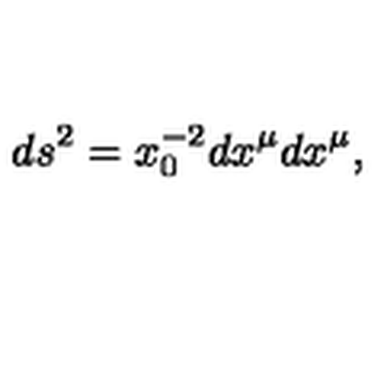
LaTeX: d s ^ { 2 } = x _ { 0 } ^ { - 2 } d x ^ { \mu } d x ^ { \mu } ,